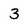
Character: 3